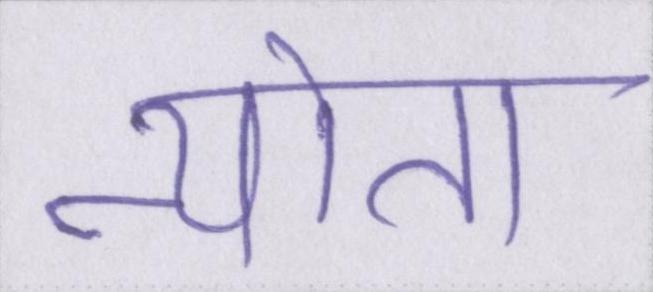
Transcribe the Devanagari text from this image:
न्यौता